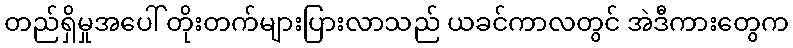
တည်ရှိမှုအပေါ် တိုးတက်များပြားလာသည် ယခင်ကာလတွင် အဲဒီကားတွေက